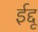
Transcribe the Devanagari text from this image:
ईद्दू